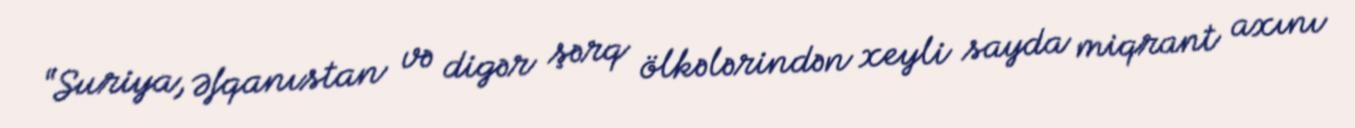
“Suriya, Əfqanıstan və digər şərq ölkələrindən xeyli sayda miqrant axını